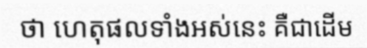
ថា ហេតុផលទាំងអស់នេះ គឺជាដើម